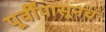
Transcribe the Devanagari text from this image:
पूर्वींपासूनच